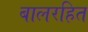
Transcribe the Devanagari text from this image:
बालरहित